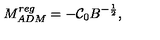
M _ { A D M } ^ { r e g } = - \mathcal { C } _ { 0 } B ^ { - \frac { 1 } { 2 } } ,